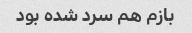
بازم هم سرد شده بود